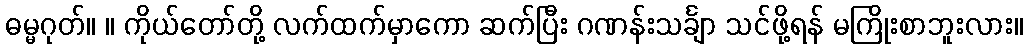
ဓမ္မဂုတ်။ ။ ကိုယ်တော်တို့ လက်ထက်မှာကော ဆက်ပြီး ဂဏန်းသင်္ချာ သင်ဖို့ရန် မကြိုးစာဘူးလား။